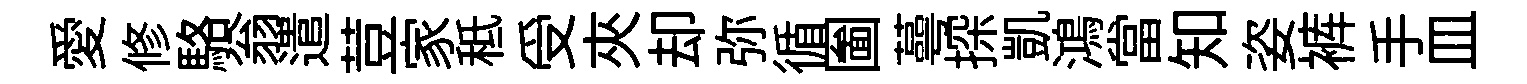
愛修駱翁遣荳家秪受夾却弥循圗蕚探凱鴻當知姿裤手皿